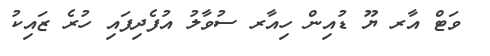
ވަޓް އާރ ޔޫ ޑުއިން ހިއާރ ސުވާލު އުފެދިފައި ހުރެ ޒައިކު